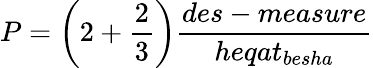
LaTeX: P={\bigg(}2+{\frac{2}{3}}{\bigg)}{\frac{des-measure}{heqat_{besha}}}